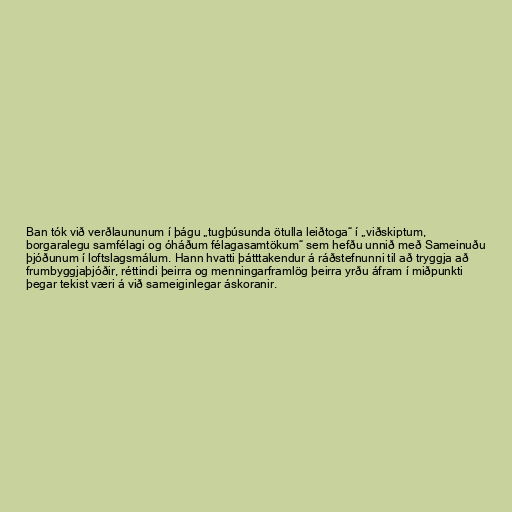
Ban tók við verðlaununum í þágu „tugþúsunda ötulla leiðtoga“ í „viðskiptum,
borgaralegu samfélagi og óháðum félagasamtökum“ sem hefðu unnið með Sameinuðu
þjóðunum í loftslagsmálum. Hann hvatti þátttakendur á ráðstefnunni til að tryggja að
frumbyggjaþjóðir, réttindi þeirra og menningarframlög þeirra yrðu áfram í miðpunkti
þegar tekist væri á við sameiginlegar áskoranir.